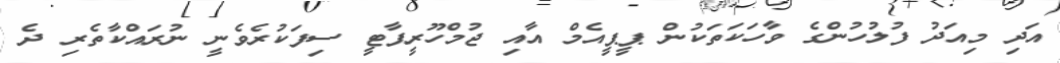
އަދި މިއަދު ފުލުހުންގެ ވާހަކަތަކުން ޕީޕީއެމް އާއި ޖުމްހޫރީޕާޓީ ސިފަކުރެވެނީ ނުރައްކާތެރި ދެ